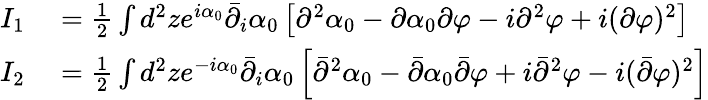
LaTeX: \begin{array}{rl}{I_{1}}&{{}=\frac{1}{2}\int d^{2}ze^{i\alpha_{0}}\bar{\partial}_{i}\alpha_{0}\left[\partial^{2}\alpha_{0}-\partial\alpha_{0}\partial\varphi-i\partial^{2}\varphi+i(\partial\varphi)^{2}\right]}\\ {I_{2}}&{{}=\frac{1}{2}\int d^{2}ze^{-i\alpha_{0}}\bar{\partial}_{i}\alpha_{0}\left[\bar{\partial}^{2}\alpha_{0}-\bar{\partial}\alpha_{0}\bar{\partial}\varphi+i\bar{\partial}^{2}\varphi-i(\bar{\partial}\varphi)^{2}\right]}\end{array}